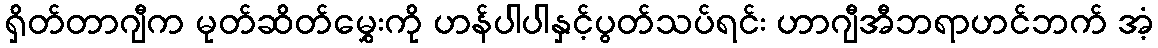
ရှိတ်တာဂျီက မုတ်ဆိတ်မွှေးကို ဟန်ပါပါနှင့်ပွတ်သပ်ရင်း ဟာဂျီအီဘရာဟင်ဘက် အံ့